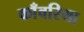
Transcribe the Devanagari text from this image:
काँवरिया